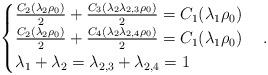
LaTeX: \begin{align*}\begin{cases}\frac{C_2(\lambda_2\rho_0)}{2}+\frac{C_3(\lambda_2\lambda_{2,3}\rho_0)}{2}=C_1(\lambda_1\rho_0)\\\frac{C_2(\lambda_2\rho_0)}{2}+\frac{C_4(\lambda_2\lambda_{2,4}\rho_0)}{2}=C_1(\lambda_1\rho_0)\\\lambda_1+\lambda_2=\lambda_{2,3}+\lambda_{2,4}=1\end{cases}.\end{align*}